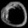
Digit: ၀